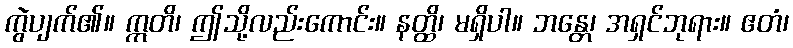
ကွဲပျက်၏။ ဣတိ၊ ဤသို့လည်းကောင်း။ နတ္ထိ၊ မရှိပါ။ ဘန္တေ၊ အရှင်ဘုရား။ ဧတံ၊